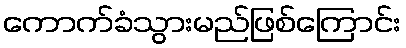
ကောက်ခံသွားမည်ဖြစ်ကြောင်း